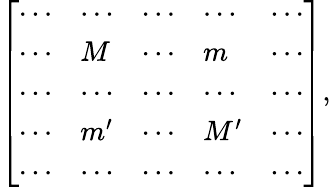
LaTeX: \begin{array}{r}{\left[\begin{array}{lllll}{\cdots}&{\cdots}&{\cdots}&{\cdots}&{\cdots}\\ {\cdots}&{M}&{\cdots}&{m}&{\cdots}\\ {\cdots}&{\cdots}&{\cdots}&{\cdots}&{\cdots}\\ {\cdots}&{m^{\prime}}&{\cdots}&{M^{\prime}}&{\cdots}\\ {\cdots}&{\cdots}&{\cdots}&{\cdots}&{\cdots}\end{array}\right],}\end{array}